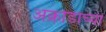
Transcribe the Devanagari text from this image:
अक्रोडाच्या